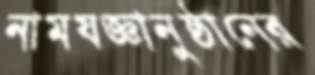
নামযজ্ঞানুষ্ঠানের